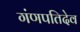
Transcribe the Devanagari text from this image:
गंणपतिदेव